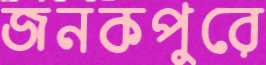
জনকপুরে